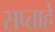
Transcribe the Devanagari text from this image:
सप्ताहे